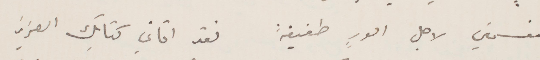
منقسمين لاجل أمور طفيفة فقد اتاني كتابك العزيز